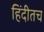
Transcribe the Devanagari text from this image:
हिंदीतच